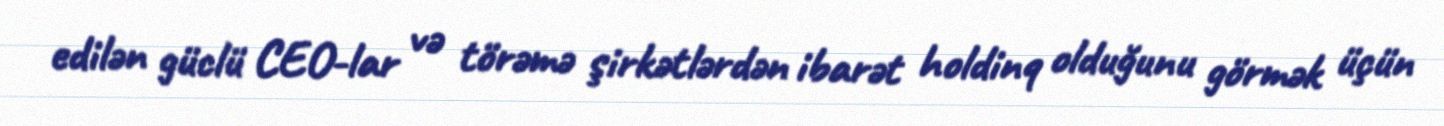
edilən güclü CEO-lar və törəmə şirkətlərdən ibarət holdinq olduğunu görmək üçün